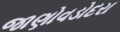
જાણોવડોદરા